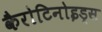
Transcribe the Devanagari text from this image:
कैरोटिनोइड्स